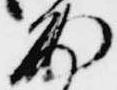
雨